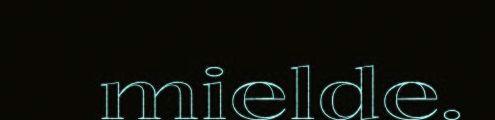
mielde.